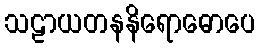
သဠာယတနနိရောဓောပေ